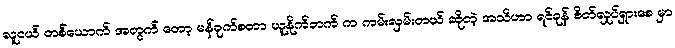
လူငယ် တစ်ယောက် အတွက် တော့ မန်ချက်စတာ ယူနိုက်တက် က ကမ်းလှမ်းတယ် ဆိုတဲ့ အသိဟာ ရင်ခုန် စိတ်လှုပ်ရှားစေ မှာ